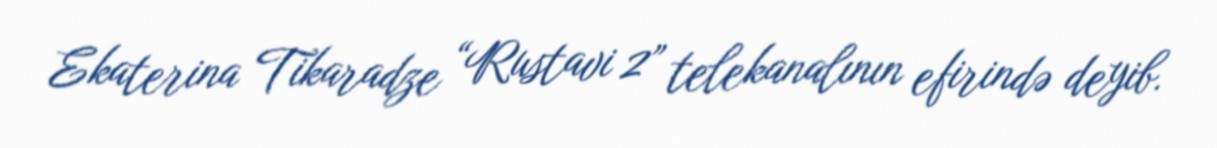
Ekaterina Tikaradze “Rustavi 2” telekanalının efirində deyib.